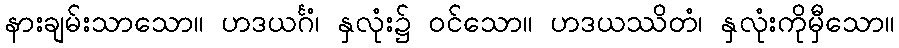
နားချမ်းသာသော။ ဟဒယင်္ဂံ၊ နှလုံး၌ ဝင်သော။ ဟဒယဿိတံ၊ နှလုံးကိုမှီသော။